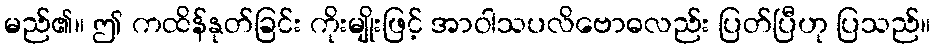
မည်၏။ ဤ ကထိန်နုတ်ခြင်း ကိုးမျိုးဖြင့် အာဝါသပလိဗောဓလည်း ပြတ်ပြီဟု ပြသည်။